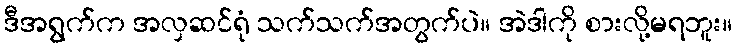
ဒီအရွက်က အလှဆင်ရုံ သက်သက်အတွက်ပဲ။ အဲဒါကို စားလို့မရဘူး။